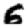
Digit: 6